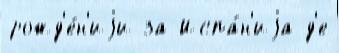
рожд'е́н'иjи за Испа́н'иjа д'е